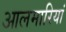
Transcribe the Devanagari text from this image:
आलमारियां